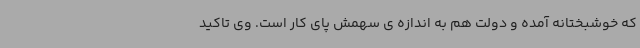
که خوشبختانه آمده و دولت هم به اندازه ی سهمش پای کار است. وی تاکید